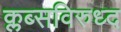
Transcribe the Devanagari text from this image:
क्लब्सविरुध्द